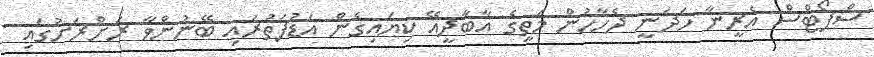
ސްޕޯޓްސް އެރީނާ ހަދަނީ ދެހާހުން މަތީގެ އާބާދީއޭ ކިޔައިގެން އަޑުފަތުރައި ބޭނުންވާ ރަށްރަށުގައި